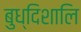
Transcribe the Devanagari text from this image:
बुध्दिशालि